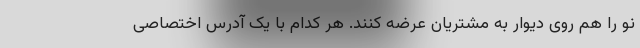
نو را هم روی دیوار به مشتریان عرضه کنند. هر کدام با یک آدرس اختصاصی